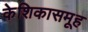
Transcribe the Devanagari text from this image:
केशिकासमूह